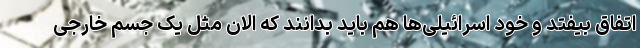
اتفاق بیفتد و خود اسرائیلی‌ها هم باید بدانند که الان مثل یک جسم خارجی